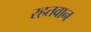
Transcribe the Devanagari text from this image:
रहतवान